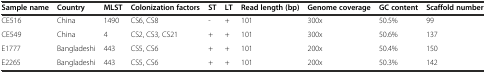
<table><thead><tr><td><b>Sample name</b></td><td><b>Country</b></td><td><b>MLST</b></td><td><b>Colonization factors</b></td><td><b>ST</b></td><td><b>LT</b></td><td><b>Read length (bp)</b></td><td><b>Genome coverage</b></td><td><b>GC content</b></td><td><b>Scaffold number</b></td></tr></thead><tbody><tr><td>CE516</td><td>China</td><td>1490</td><td>CS6, CS8</td><td>-</td><td>+</td><td>101</td><td>300x</td><td>50.5%</td><td>99</td></tr><tr><td>CE549</td><td>China</td><td>4</td><td>CS2, CS3, CS21</td><td>+</td><td>+</td><td>101</td><td>300x</td><td>50.6%</td><td>137</td></tr><tr><td>E1777</td><td>Bangladeshi</td><td>443</td><td>CS5, CS6</td><td>+</td><td>+</td><td>101</td><td>200x</td><td>50.4%</td><td>150</td></tr><tr><td>E2265</td><td>Bangladeshi</td><td>443</td><td>CS5, CS6</td><td>+</td><td>+</td><td>101</td><td>200x</td><td>50.3%</td><td>142</td></tr></tbody></table>